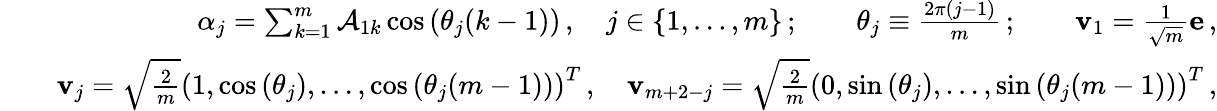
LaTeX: \begin{array}{rlr}&{}&{\qquad\alpha_{j}=\sum_{k=1}^{m}\mathcal{A}_{1k}\cos\left(\theta_{j}(k-1)\right)\, ,\quad j\in\lbrace{1,\ldots,m\rbrace}\, ;\qquad\theta_{j}\equiv\frac{2\pi(j-1)}{m}\, ;\qquad{\mathbf v}_{1}=\frac{1}{\sqrt{m}}{\mathbf e}\, ,}\\ &{}&{{\mathbf v}_{j}=\sqrt{\frac{2}{m}}\left(1,\cos\left(\theta_{j}\right),\ldots,\cos\left(\theta_{j}(m-1)\right)\right)^{T}\, ,\quad{\mathbf v}_{m+2-j}=\sqrt{\frac{2}{m}}\left(0,\sin\left(\theta_{j}\right),\ldots,\sin\left(\theta_{j}(m-1)\right)\right)^{T}\, ,}\end{array}